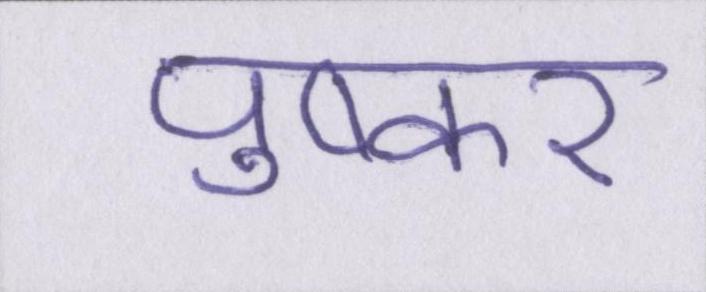
पुष्कर